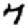
Digit: 7